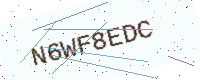
Text: N6WF8EDC